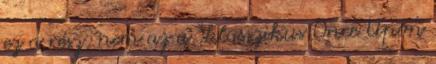
ez a rész, nem az a “klasszikus Once Upon